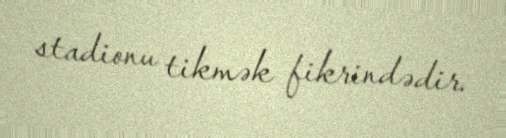
stadionu tikmək fikrindədir.